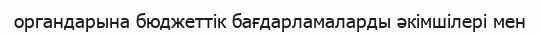
органдарына бюджеттік бағдарламаларды әкімшілері мен